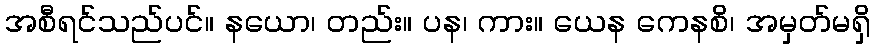
အစီရင်သည်ပင်။ နယော၊ တည်း။ ပန၊ ကား။ ယေန ကေနစိ၊ အမှတ်မရှိ